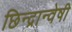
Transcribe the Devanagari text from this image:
छिन्‍द्रान्‍वेषी